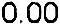
0.00